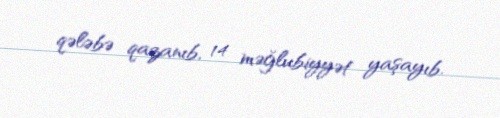
qələbə qazanıb, 14 məğlubiyyət yaşayıb.